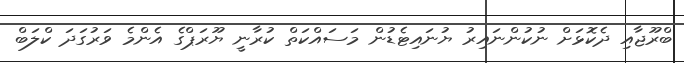
ބްރޫޖާއި ދެކޮޅަށް ނުކުންނައިރު ޔުނައިޓެޑުން މަސައްކަތް ކުރާނީ ޔޫރަޕްގެ އެންމެ ވަރުގަދަ ކްލަބް